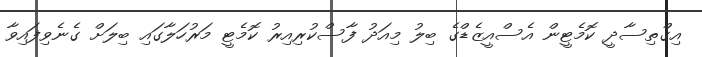
އިގްތިސާދީ ކޮމެޓީން އެސްއީޒެޑްގެ ބިލު މިއަދު ފާސްކުރިއިރު ކޮމެޓީ މަރުހަލާގައި ބިލަށް ގެނެވިފައިވާ